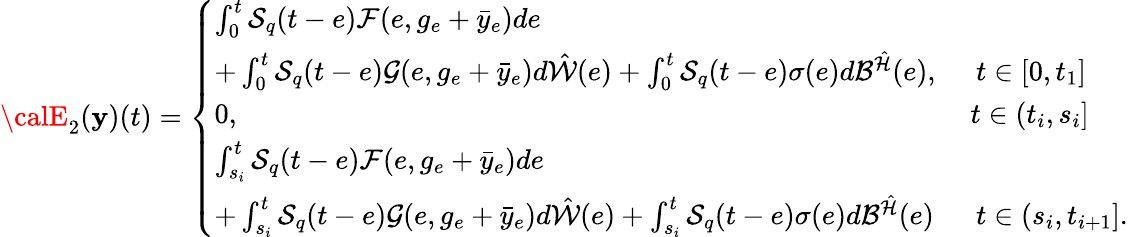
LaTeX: {\calE}_{2}(\mathbf{y})(t)=\left\{ \begin{array}{ll}{\int_{0}^{t}{\cal S}_{q}(t-e){\cal F}(e,g_{e}+\bar{y}_{e})de}\\ {+\int_{0}^{t}{\cal S}_{q}(t-e){\cal G}(e,g_{e}+\bar{y}_{e})d\hat{\cal W}(e)+\int_{0}^{t}{\cal S}_{q}(t-e)\sigma(e)d{\cal B}^{\hat{\cal H}}(e),}&{\mathrm\; \, t\in[0,t_{1}]}\\ {0,}&{\mathrm\ t\in(t_{i},s_{i}]}\\ {\int_{s_{i}}^{t}{\cal S}_{q}(t-e){\cal F}(e,g_{e}+\bar{y}_{e})de}\\ {+\int_{s_{i}}^{t}{\cal S}_{q}(t-e){\cal G}(e,g_{e}+\bar{y}_{e})d\hat{\cal W}(e)+\int_{s_{i}}^{t}{\cal S}_{q}(t-e)\sigma(e)d{\cal B}^{\hat{\cal H}}(e)}&{\mathrm\; \, t\in(s_{i},t_{i+1}].}\end{array}\right.